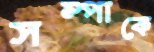
সম্পাকে